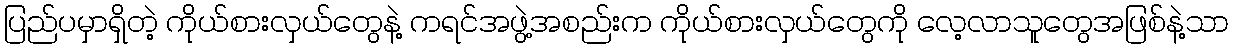
ပြည်ပမှာရှိတဲ့ ကိုယ်စားလှယ်တွေနဲ့ ကရင်အဖွဲ့အစည်းက ကိုယ်စားလှယ်တွေကို လေ့လာသူတွေအဖြစ်နဲ့သာ